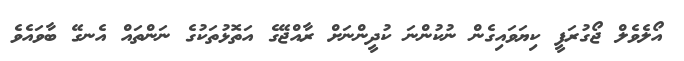
އޯލެވެލް ޖޯގުރަފީ ކިޔަވައިގެން ނުކުންނަ ކުދީންނަށް ރާއްޖޭގެ އަތޮޅުތަކުގެ ނަންތައް އެނގޭ ބާވައެވެ